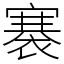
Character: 褰